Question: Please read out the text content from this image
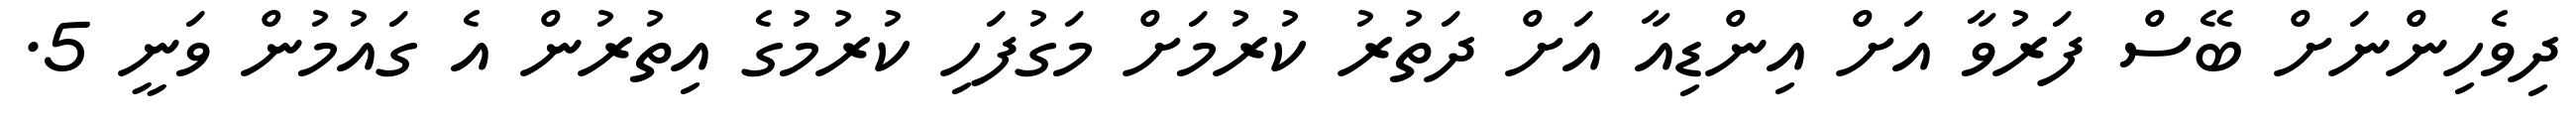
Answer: ދިވެހިންނަށް ބޭސް ފަރުވާ އަށް އިންޑިއާ އަށް ދަތުރު ކުރުމަށް މަގުފަހި ކުރުމުގެ އިތުރުން އެ ގައުމުން ވަނީ 5.